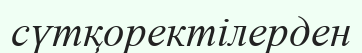
сүтқоректілерден